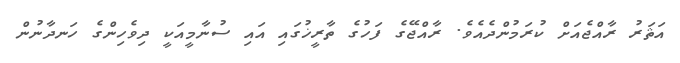
އަޘަރު ރާއްޖެއަށް ކުރަމުންދެއެވެ. ރާއްޖޭގެ ފަހުގެ ތާރީޚުގައި އައި ސުނާމީއަކީ ދިވެހިންގެ ހަނދާނުން